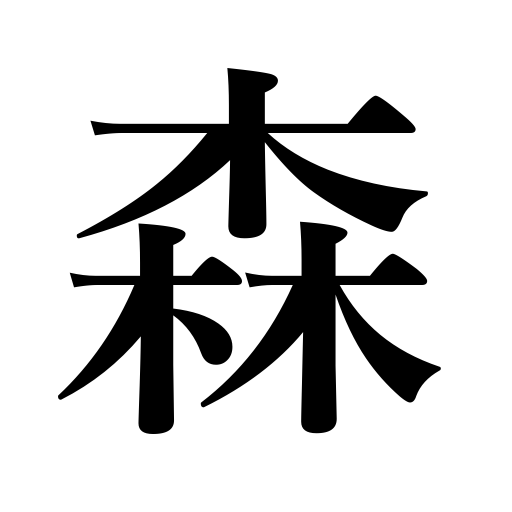
Meanings: grove,woods